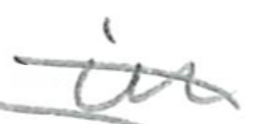
Text: in
Cross-out: diagonal
Writing tool: pencil